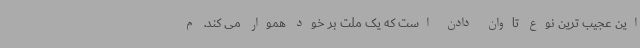
این عجیب ترین نوع تاوان دادن است که یک ملت بر خود هموار می کند. م